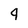
Character: 9